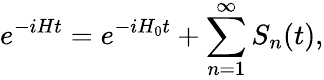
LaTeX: e^{-iHt}=e^{-iH_{0}t}+\sum_{n=1}^{\infty}S_{n}(t),